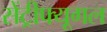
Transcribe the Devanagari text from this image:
सेंट्रीफ्यूगल